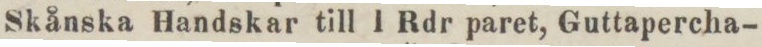
Skånska Handskar till 1 Rdr paret, Guttapercha-